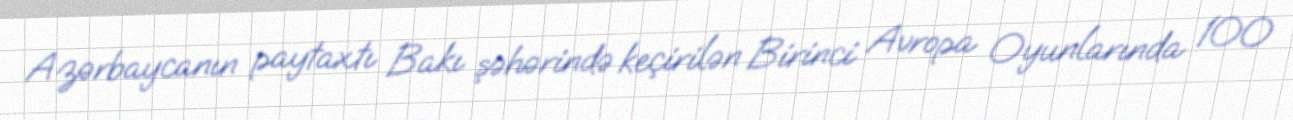
Azərbaycanın paytaxtı Bakı şəhərində keçirilən Birinci Avropa Oyunlarında 100